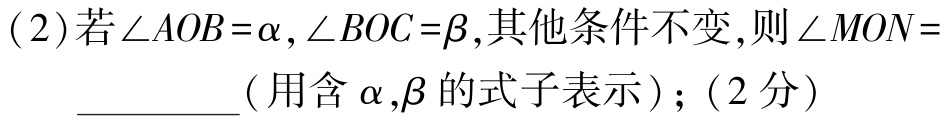
(2)若\(\angle AOB = \alpha,\angle BOC = \beta\),其他条件不变,则\(\angle MON =\)__________(用含\(\alpha,\beta\)的式子表示)；(2分)